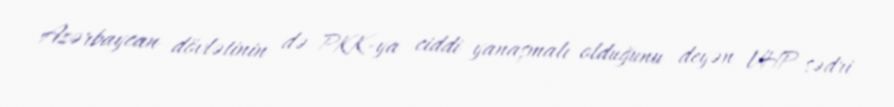
Azərbaycan dövlətinin də PKK-ya ciddi yanaşmalı olduğunu deyən VHP sədri